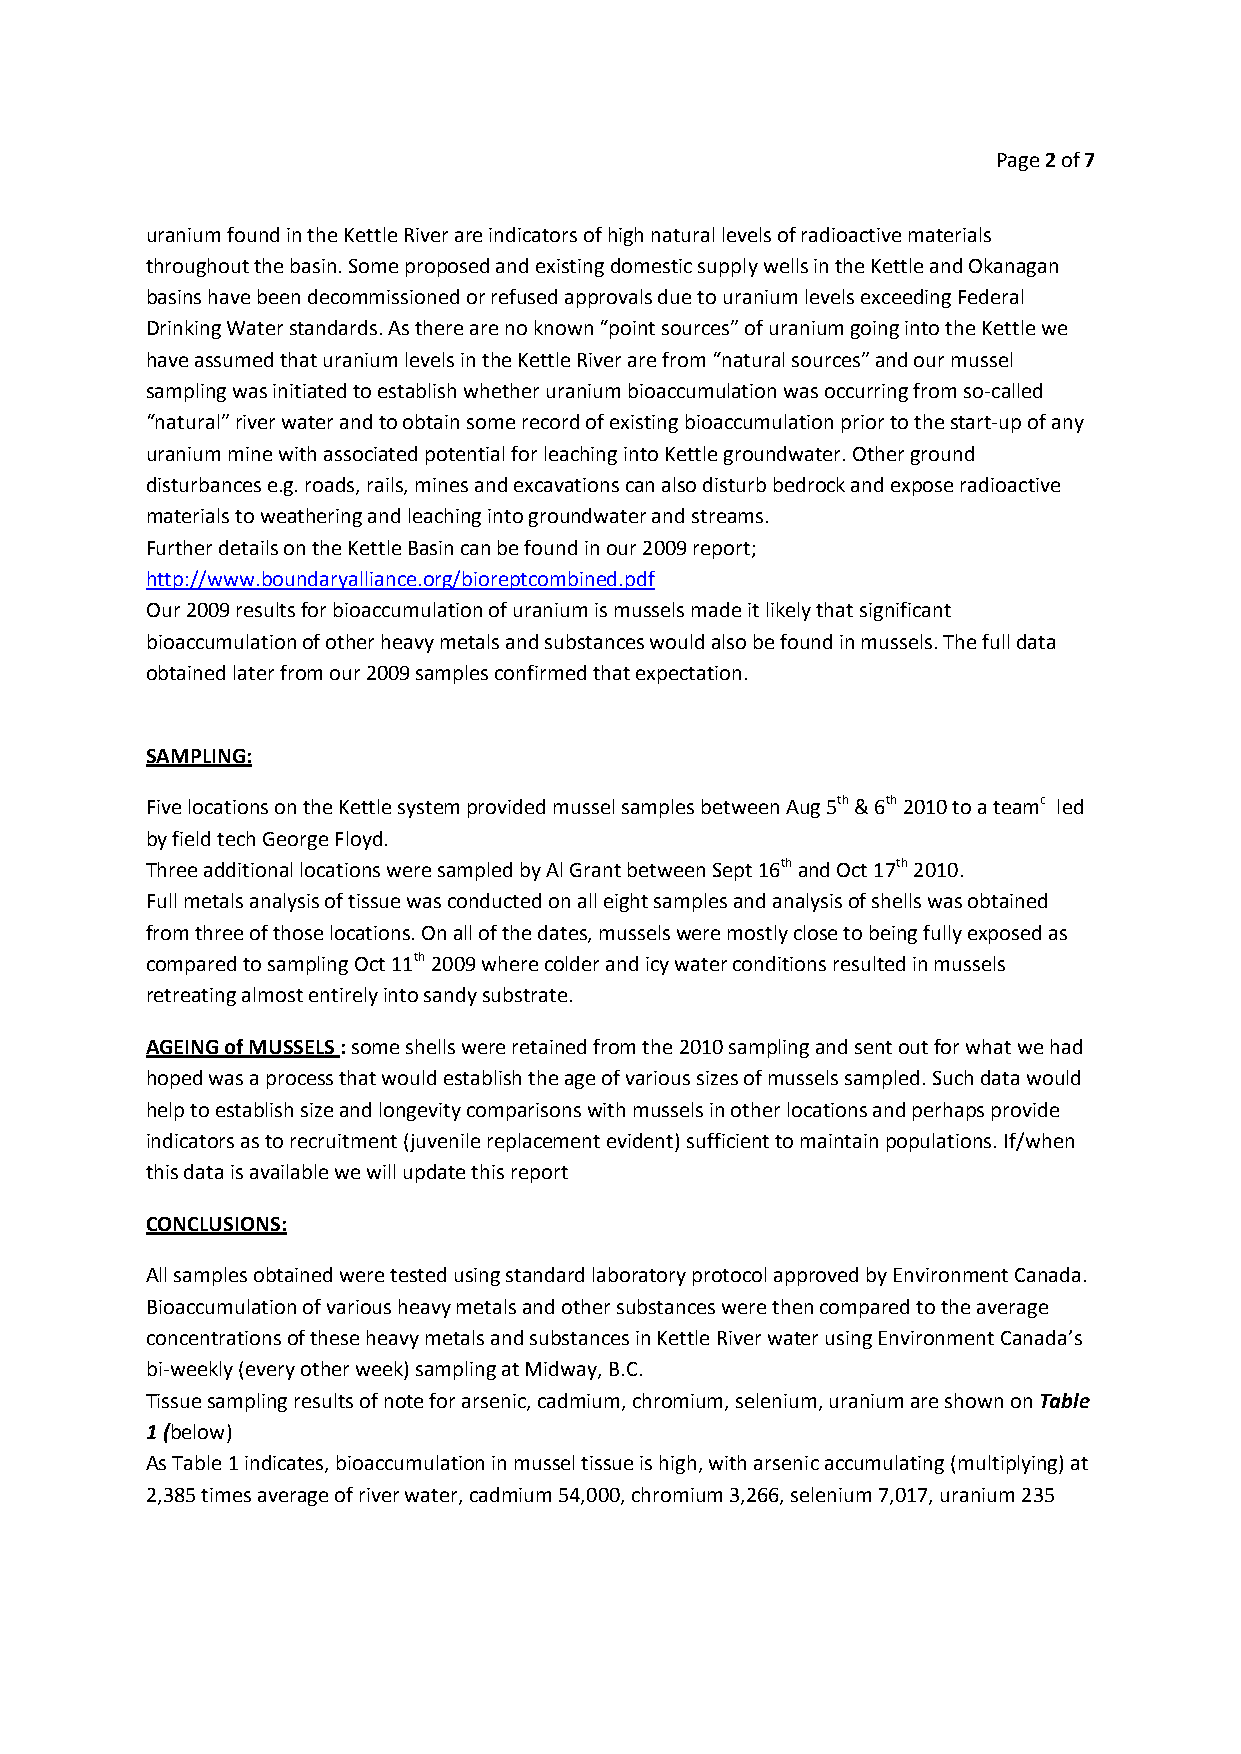
Page 2of 7
 uranium found in the Kettle River are indicators of high natural levels of radioactive materials
 throughout the basin. Some proposed and existing domestic supply wells in the Kettle and Okanagan
 basins have been decommissioned or refused approvals due to uranium levels exceeding Federal
 Drinking Water standards.As there are no known “point sources” of uranium going into the Kettle we
 have assumed that uranium levels in the Kettle River are from “natural sources” and our mussel
 sampling was initiated to establish whether uranium bioaccumulation was occurring from so-called
 “natural” river water and to obtain some record of existing bioaccumulation prior to the start-upof any
 uranium mine with associated potential for leachinginto Kettle groundwater. Other ground
 disturbances e.g. roads, rails, mines and excavations can also disturb bedrock and expose radioactive
 materials to weathering and leaching into groundwater and streams.
 Further details on the Kettle Basin can be found in our 2009 report;
 http://www.boundaryalliance.org/bioreptcombined.pdf
 Our 2009 results for bioaccumulation of uranium is mussels made it likely that significant
 bioaccumulation of other heavy metals and substances would also be found in mussels. The full data
 obtained later from our 2009 samples confirmed that expectation.
 SAMPLING:
 Five locations on the Kettle system provided mussel samples between Aug 5th& 6th2010 to a teamc led
 by field tech George Floyd.
 Three additional locations were sampled by Al Grant between Sept 16thand Oct 17th2010.
 Full metals analysis of tissue was conducted on all eight samples and analysis of shells was obtained
 from three of those locations. On all of the dates, mussels were mostly close to being fully exposed as
 compared to sampling Oct 11th2009 where colder and icy water conditions resulted in mussels
 retreating almost entirely into sandy substrate.
 AGEING of MUSSELS: some shells were retained from the 2010 sampling and sent out for what we had
 hoped was a process that would establish the age of various sizes of mussels sampled. Such data would
 help to establish size and longevitycomparisons with mussels in other locations and perhaps provide
 indicators as to recruitment (juvenile replacement evident) sufficient to maintain populations. If/when
 this data is available we will update this report
 CONCLUSIONS:
 All samples obtained were tested using standard laboratory protocol approved by Environment Canada.
 Bioaccumulation of various heavy metals and other substances were then compared to the average
 concentrations of these heavy metals and substances in KettleRiver water using Environment Canada’s
 bi-weekly (every other week) sampling at Midway, B.C.
 Tissue sampling results of note for arsenic, cadmium, chromium, selenium, uraniumare shown on Table
 1 (below)
 As Table 1 indicates, bioaccumulation in mussel tissue is high,with arsenic accumulating (multiplying) at
 2,385times average of river water, cadmium 54,000, chromium 3,266, selenium 7,017, uranium 235